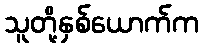
သူတို့နှစ်ယောက်က